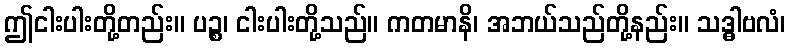
ဤငါးပါးတို့တည်း။ ပဉ္စ၊ ငါးပါးတို့သည်။ ကတမာနိ၊ အဘယ်သည်တို့နည်း။ သဒ္ဓါဗလံ၊